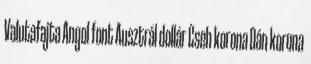
Valutafajta Angol font Ausztrál dollár Cseh korona Dán korona